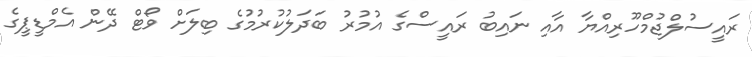
ރައީސުލްޖުމްހޫރިއްޔާ އާއި ނައިބު ރައީސްގެ އުމުރު ބަދަލުކުރުމުގެ ބިލަށް ވޯޓް ދޭން އެމްޑީޕީގެ